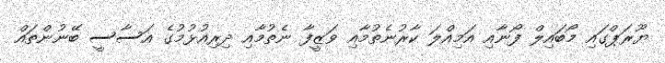
ޔޫރަޕްގައި މޯބައިލް ފޯނާއި އަމިއްލަ ކާރުނެތުމާއި ވަޒީފާ ނެތުމާއި ދިރިއުޅުމުގެ އަސާސީ ބޭނުންތައް